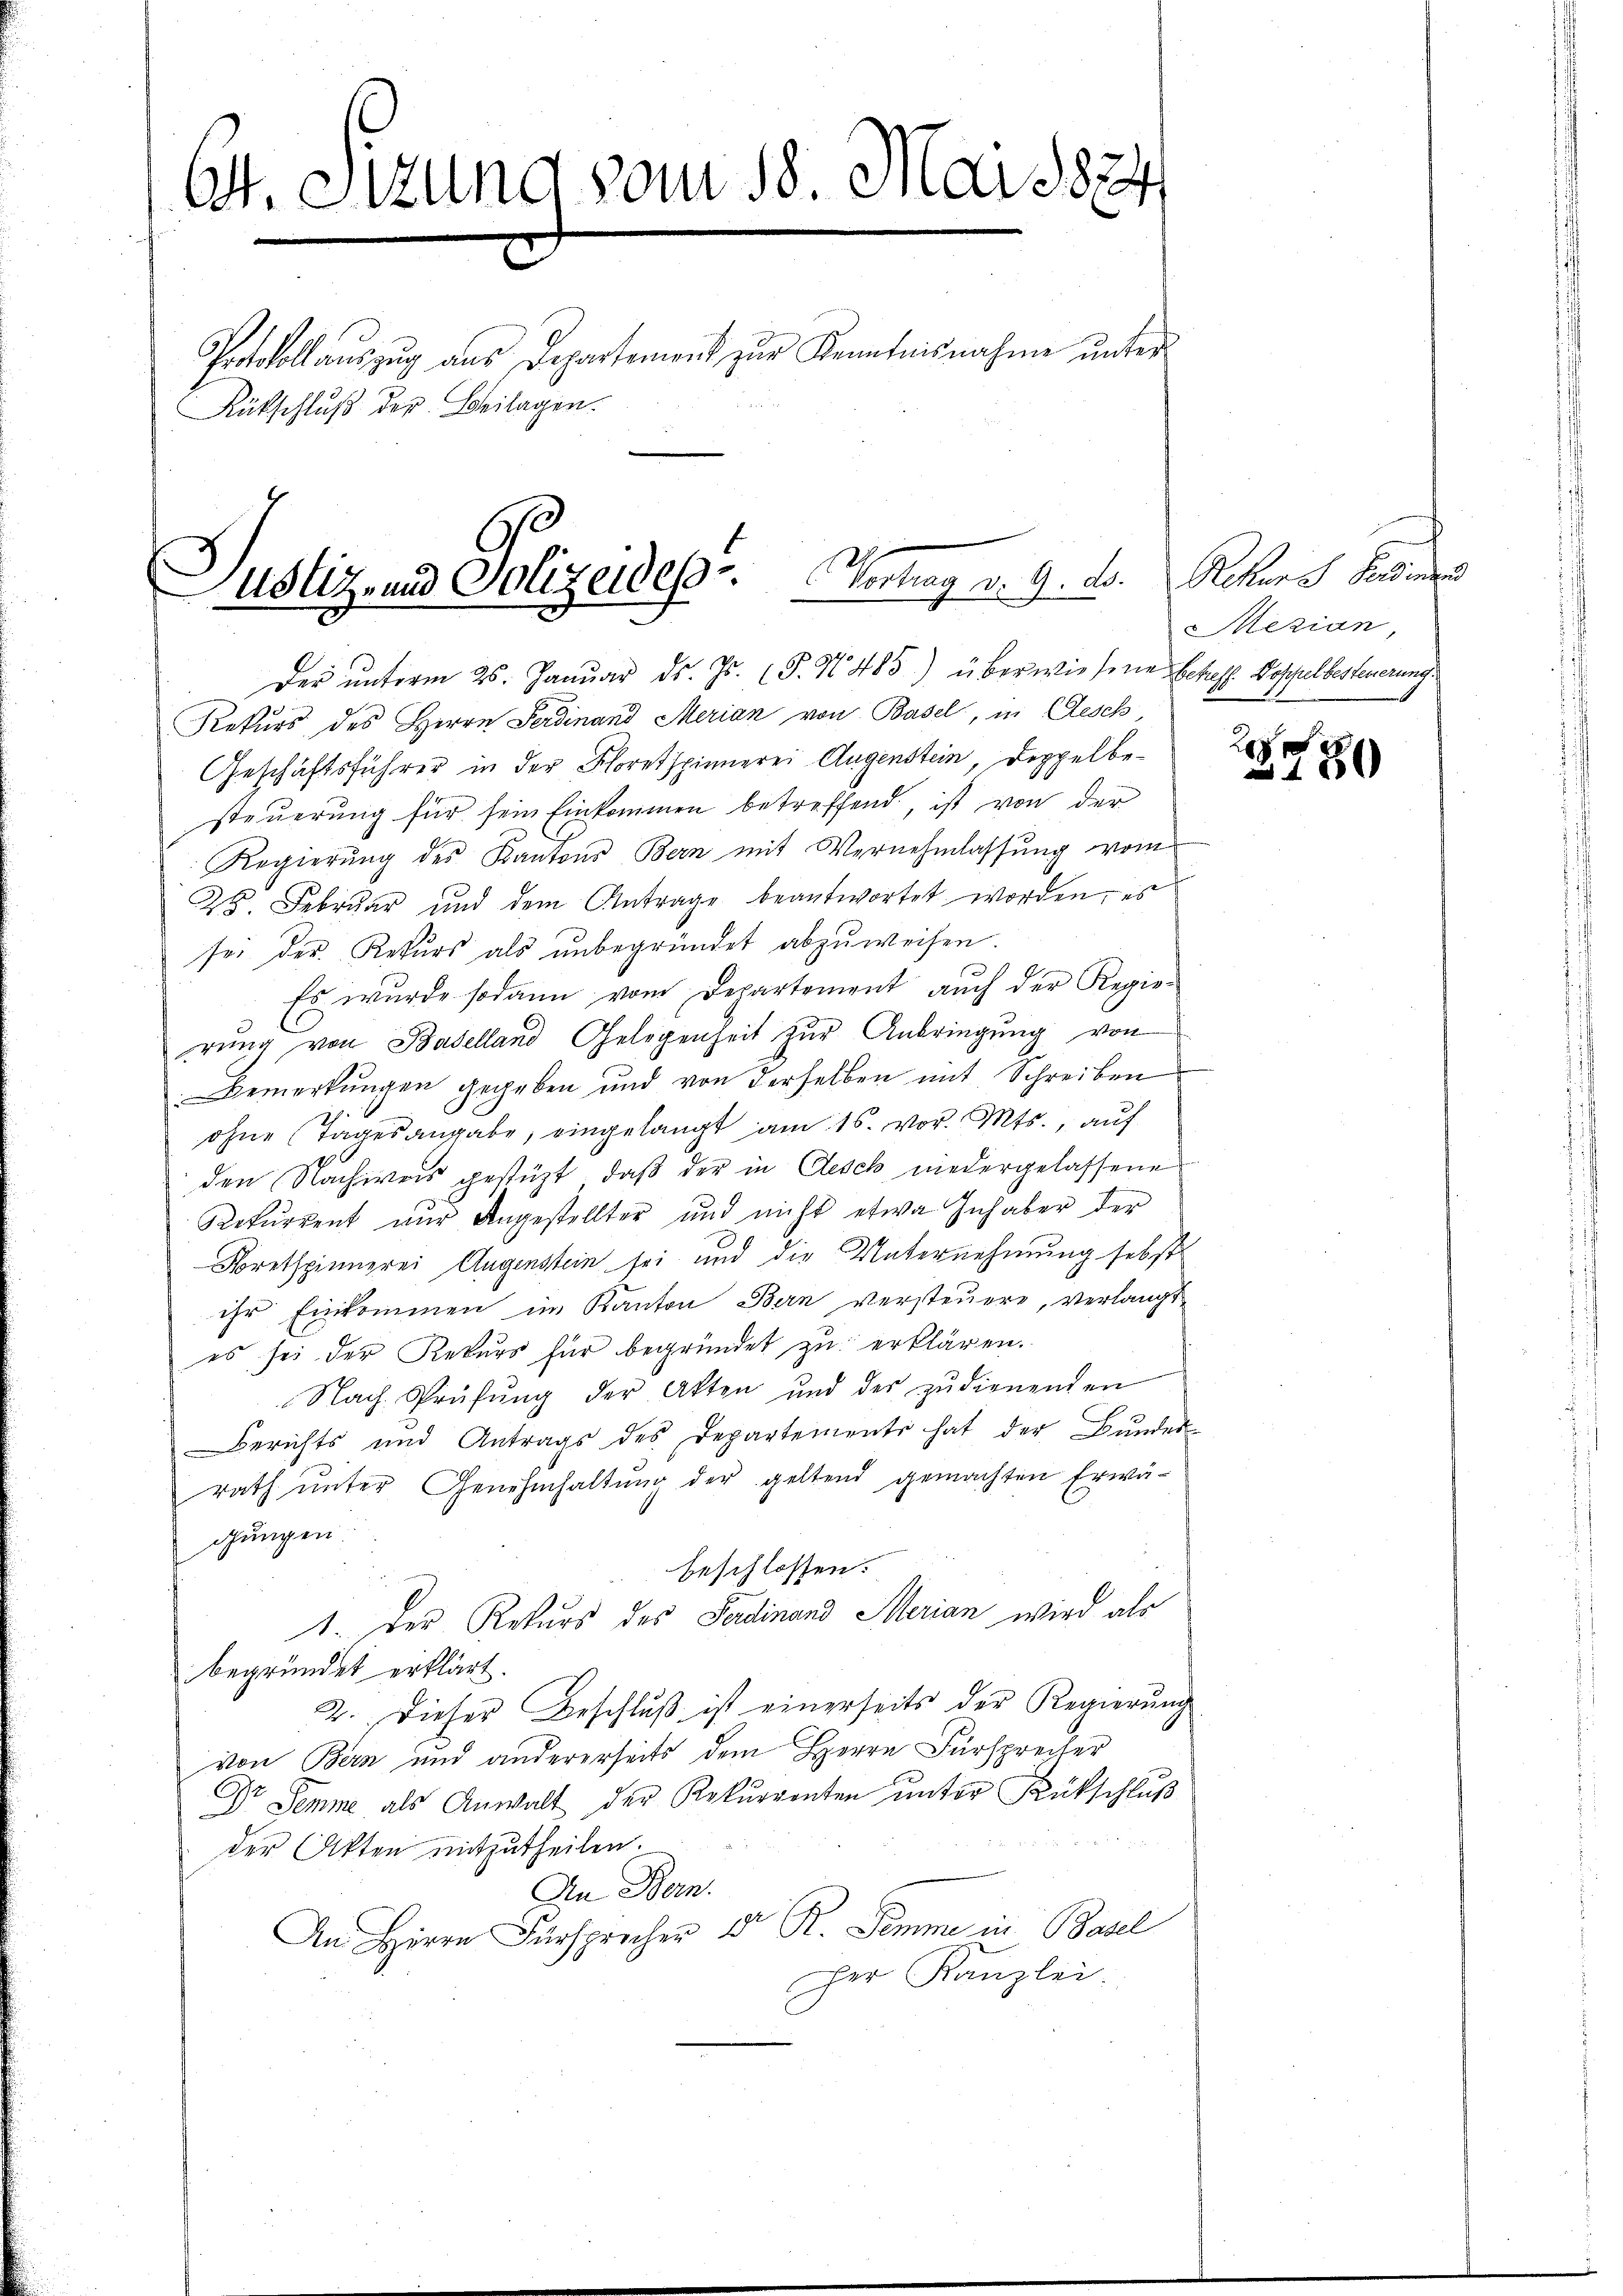
C. Sizung vom 18. Mai 1874
Protokoll auszug aus Departement zur Kenntnisnahme unter
Rückschluß der Beilagen.

Justiz und Polizeides Vortrag v. 9. d.

Der ŭnterm 25. Januar d. Js. (T. N. 485) überwiesene betreff. Doschulbesteuerung:
Rekurs des Herrn Ferdinand Merian von Basel, in Gesch,
Geschäftsführer in der Schoretspinnerei Augenstein, Doppel besteuerung für sein Einkommen betreffend, ist von der
Regierŭng des Kantons Bern mit Vernehmlassŭng vom
25. Februar und dem Antrage beantwortet worden, es
sei der Rekŭrs als ŭnbegründet abzŭweisen.
Es wurde sodann vom Departement aŭch der Regie-
rung von Baselland Gelegenheit zur Anbringung von
Bemerkungen gegeben und von derselben mit Schreiben
ohne Tagesangabe, eingelangt am 16. vor. Mts., auf
den Nachweis gestüzt, daß der in Gesch niedergelassene
Rekurrent nur Angestellter und nicht etwa Inhaber der
Foretspinnerei Augenstein sei und die Unternehmung sebst
ihr Einkommen im Kanton Bern versteuere, verlangt
es sei der Rekurs für begründet zu erklären.
Nach Prüfung der Akten und der zŭdienenden
Berichts und Antrags des Departement hat der Bŭndes
rath unter Genehmhaltung der geltend gemachten Erwägungen.
beschlossen:
1. Der Rekurs des Ferdinand Merian wird als
begründet erklärt.
2. Dieser Beschlŭβ ist einerseits der Regierŭng
von Bern und andererseits dem Herrn Fürsprecher
Dr Semme als Anwalt der Rekŭrrenten ŭnter Rückschlŭβ
der Akten mitzutheilen.
An Bern.
An Herrn Fürsprecher dort R. Semme in Basel
per Kanzlei.

Ahren kannte
Merian,

20xx
180